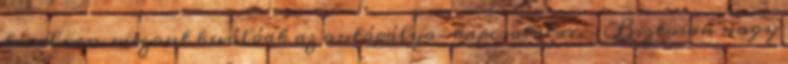
távol van, viszont kiválóak az autópálya-kapcsolatai. – Biztosan nagy